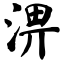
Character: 淠